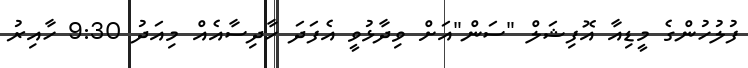
ފުލުހުންގެ މީޑިއާ އޮފިޝަލް "ސަން"އަށް ވިދާޅުވީ އެފަދަ ހާދިސާއެއް މިއަދު 9:30 ހާއިރު